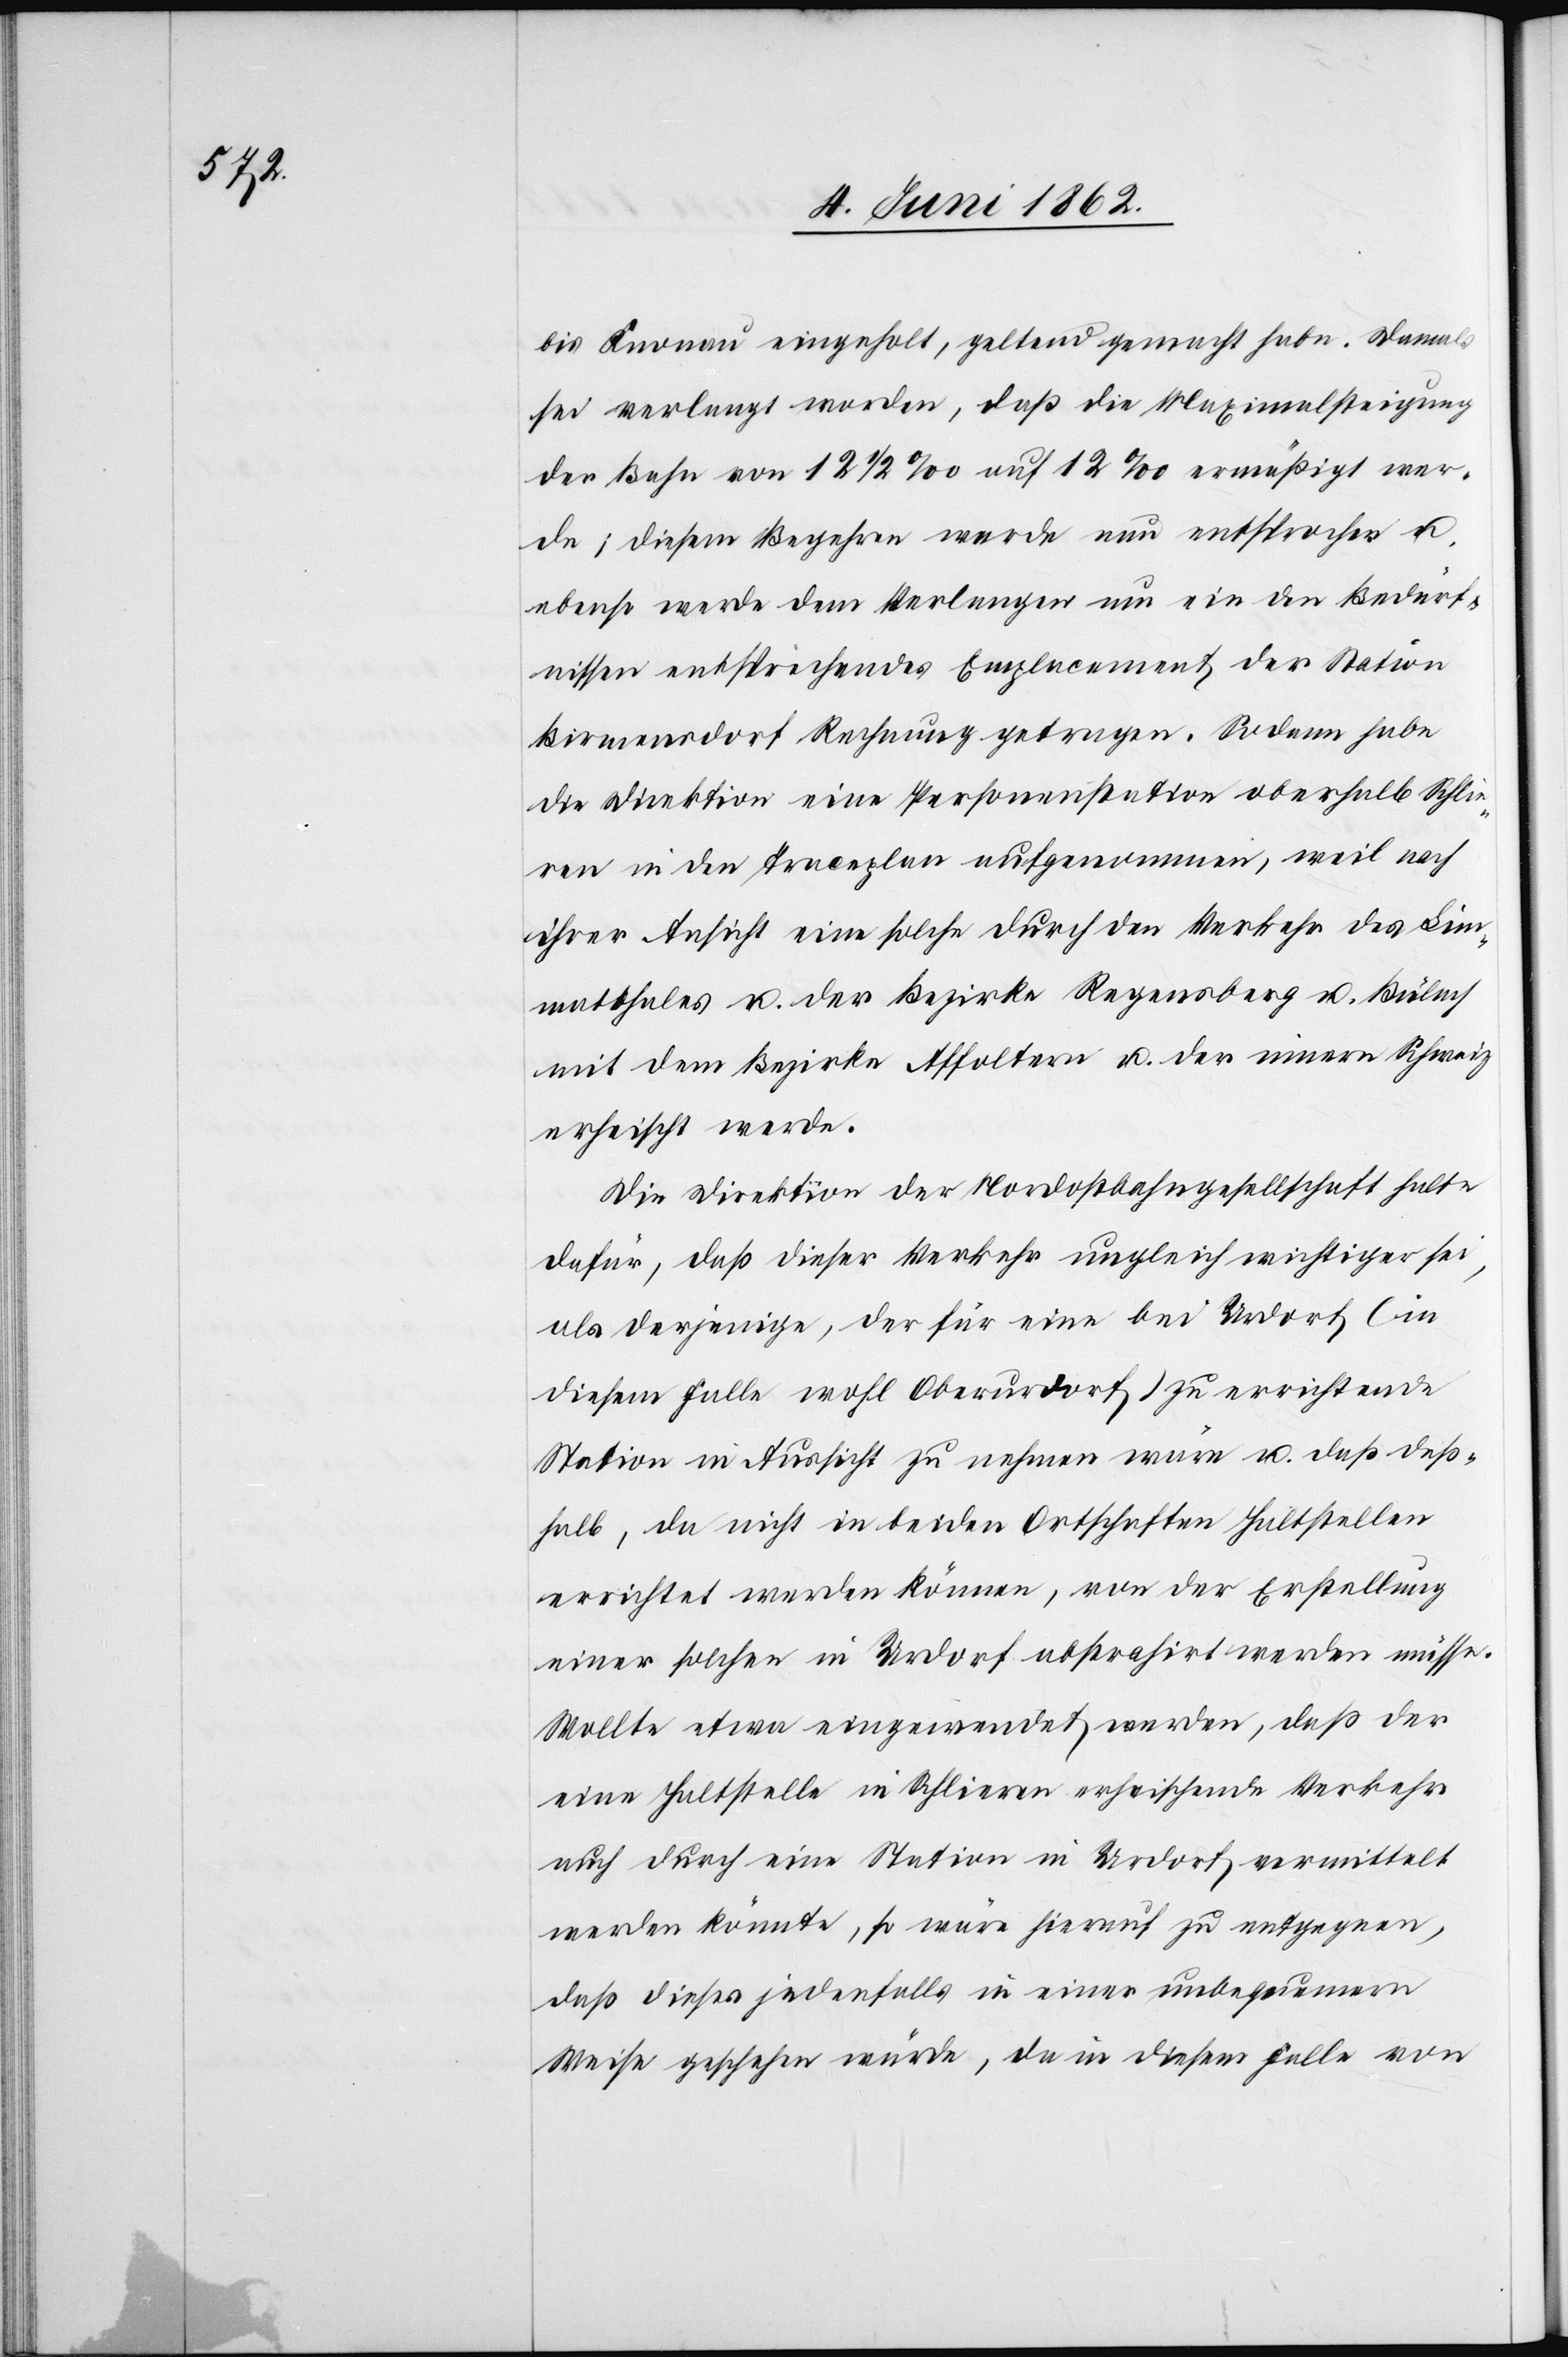
bis Knonau eingeholt, geltend gemacht habe. Damals
sei verlangt worden, daß die Maximalsteigung
der Bahn von 12 1/2‰ auf 12‰ ermäßigt wer¬
de; diesem Begehren werde nun entsprochen u.
ebenso werde dem Verlangen um ein den Bedürf¬
nissen entsprechendes Emplacement der Station
Birmensdorf Rechnung getragen. Sodann habe
die Direktion eine Personenstation oberhalb Schlie¬
ren in den Traceplan aufgenommen, weil nach
ihrer Ansicht eine solche durch den Verkehr des Lim¬
matthales u. der Bezirke Regensberg u. Bülach
mit dem Bezirke Affoltern u. der innern Schweiz
erheischt werde.
Die Direktion der Nordostbahngesellschaft halte
dafür, daß dieser Verkehr ungleich wichtiger sei,
als derjenige, der für eine bei Urdorf (in
diesem Falle wohl Oberurdorf) zu errichtende
Station in Aussicht zu nehmen wäre u. daß deß¬
halb, da nicht in beiden Ortschaften Haltstellen
errichtet werden können, von der Erstellung
einer solchen in Urdorf abstrahirt werden müsse.
Wollte etwa eingewendet werden, daß der
eine Haltstelle in Schlieren erheischende Verkehr
auch durch eine Station in Urdorf vermittelt
werden könnte, so wäre hierauf zu entgegnen,
daß dieses jedenfalls in einer unbequemern
Weise geschehen würde, da in diesem Falle von